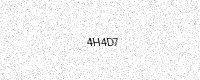
Text: 4H4D7